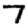
Digit: 7